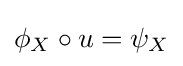
\phi _{X}\circ u=\psi _{X}